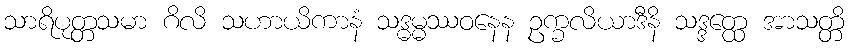
သာရိပုတ္တသမာ ဂိလိ သဟာယိကာနံ သဒ္ဓမ္မဿဝနေန ဥက္ခလိယာဒီနိ သဒ္ဒတ္ထေ အာသတ္တိ